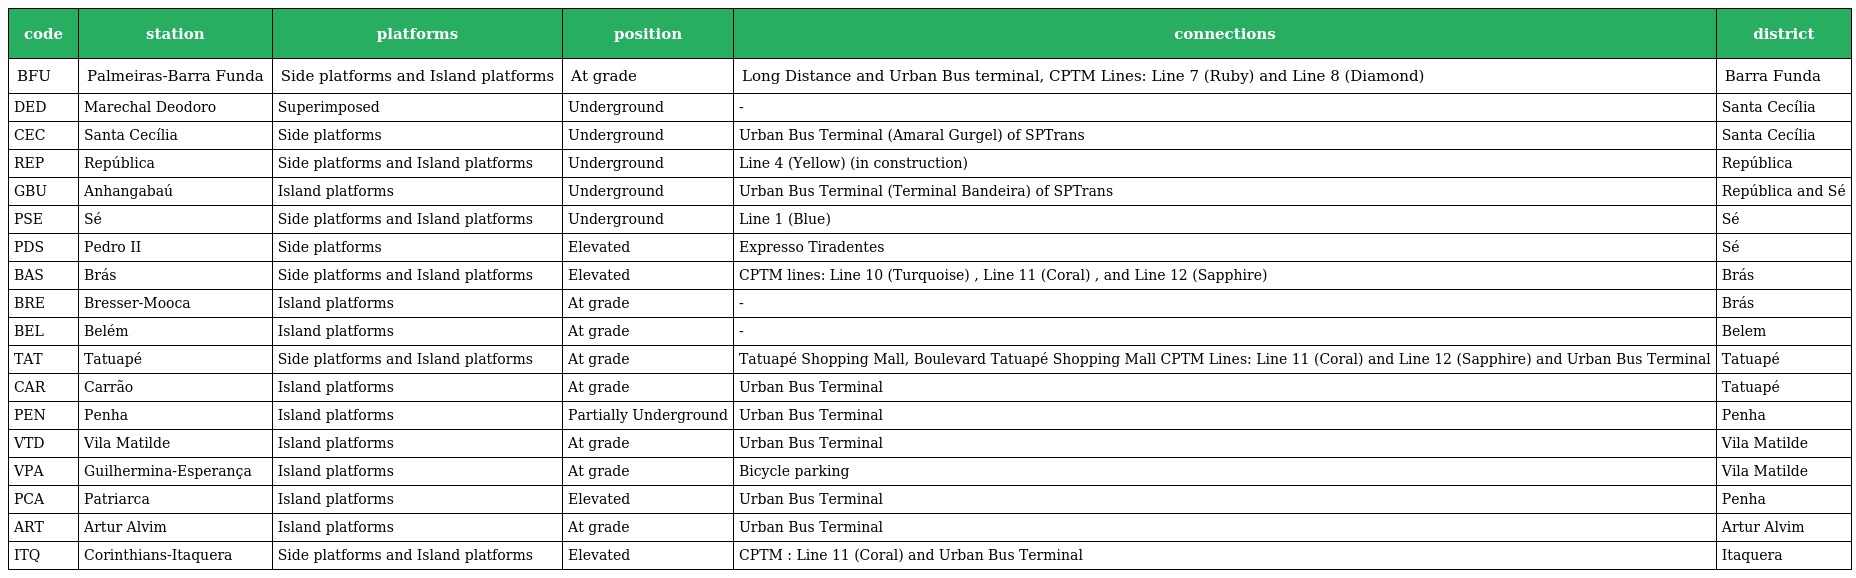
| code | station | platforms | position | connections | district |
 | --- | --- | --- | --- | --- | --- |
 | BFU | Palmeiras-Barra Funda | Side platforms and Island platforms | At grade | Long Distance and Urban Bus terminal, CPTM Lines: Line 7 (Ruby) and Line 8 (Diamond) | Barra Funda |
 | DED | Marechal Deodoro | Superimposed | Underground | - | Santa Cecília |
 | CEC | Santa Cecília | Side platforms | Underground | Urban Bus Terminal (Amaral Gurgel) of SPTrans | Santa Cecília |
 | REP | República | Side platforms and Island platforms | Underground | Line 4 (Yellow) (in construction) | República |
 | GBU | Anhangabaú | Island platforms | Underground | Urban Bus Terminal (Terminal Bandeira) of SPTrans | República and Sé |
 | PSE | Sé | Side platforms and Island platforms | Underground | Line 1 (Blue) | Sé |
 | PDS | Pedro II | Side platforms | Elevated | Expresso Tiradentes | Sé |
 | BAS | Brás | Side platforms and Island platforms | Elevated | CPTM lines: Line 10 (Turquoise) , Line 11 (Coral) , and Line 12 (Sapphire) | Brás |
 | BRE | Bresser-Mooca | Island platforms | At grade | - | Brás |
 | BEL | Belém | Island platforms | At grade | - | Belem |
 | TAT | Tatuapé | Side platforms and Island platforms | At grade | Tatuapé Shopping Mall, Boulevard Tatuapé Shopping Mall CPTM Lines: Line 11 (Coral) and Line 12 (Sapphire) and Urban Bus Terminal | Tatuapé |
 | CAR | Carrão | Island platforms | At grade | Urban Bus Terminal | Tatuapé |
 | PEN | Penha | Island platforms | Partially Underground | Urban Bus Terminal | Penha |
 | VTD | Vila Matilde | Island platforms | At grade | Urban Bus Terminal | Vila Matilde |
 | VPA | Guilhermina-Esperança | Island platforms | At grade | Bicycle parking | Vila Matilde |
 | PCA | Patriarca | Island platforms | Elevated | Urban Bus Terminal | Penha |
 | ART | Artur Alvim | Island platforms | At grade | Urban Bus Terminal | Artur Alvim |
 | ITQ | Corinthians-Itaquera | Side platforms and Island platforms | Elevated | CPTM : Line 11 (Coral) and Urban Bus Terminal | Itaquera |